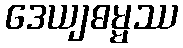
ဒေယျဓမ္မဿ